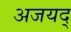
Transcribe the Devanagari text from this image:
अजयद्